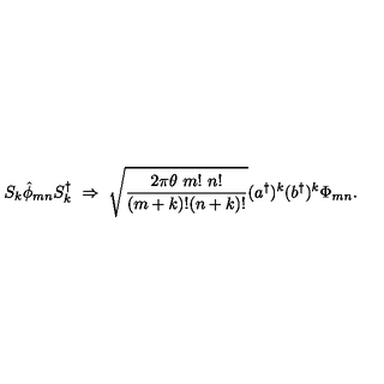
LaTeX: S _ { k } { \hat { \phi } } _ { m n } S _ { k } ^ { \dagger } \ \Rightarrow \ \sqrt { \frac { 2 \pi \theta \ m ! \ n ! } { ( m + k ) ! ( n + k ) ! } } ( { a ^ { \dagger } } ) ^ { k } ( { b ^ { \dagger } } ) ^ { k } \Phi _ { m n } .